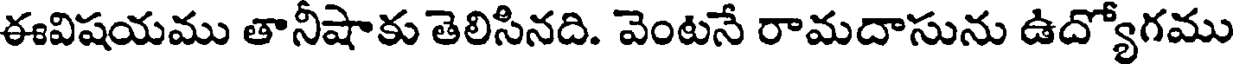
ఈవిషయము తానీషాకు తెలిసినది. వెంటనే రామదాసును ఉద్యోగము